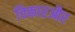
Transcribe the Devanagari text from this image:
विकारऔर